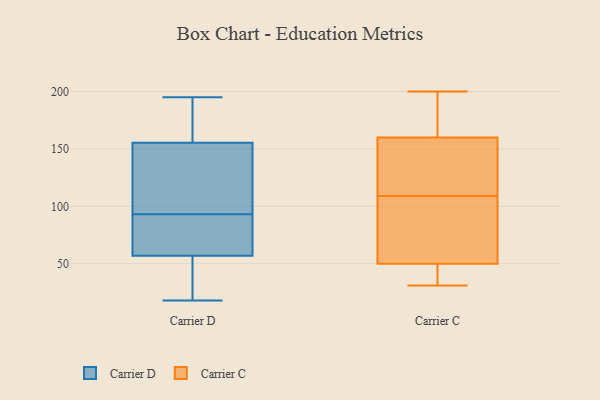
{"axis": {"x": "Operating Costs (USD K)", "y": "Value"}, "legend": ["Carrier C", "Carrier D"], "data": [{"x": "", "y": 134, "type": "Carrier D"}, {"x": "", "y": 40, "type": "Carrier D"}, {"x": "", "y": 85, "type": "Carrier D"}, {"x": "", "y": 93, "type": "Carrier D"}, {"x": "", "y": 155, "type": "Carrier D"}, {"x": "", "y": 26, "type": "Carrier D"}, {"x": "", "y": 101, "type": "Carrier D"}, {"x": "", "y": 18, "type": "Carrier D"}, {"x": "", "y": 157, "type": "Carrier D"}, {"x": "", "y": 69, "type": "Carrier D"}, {"x": "", "y": 57, "type": "Carrier D"}, {"x": "", "y": 57, "type": "Carrier D"}, {"x": "", "y": 153, "type": "Carrier D"}, {"x": "", "y": 168, "type": "Carrier D"}, {"x": "", "y": 181, "type": "Carrier D"}, {"x": "", "y": 195, "type": "Carrier D"}, {"x": "", "y": 92, "type": "Carrier D"}, {"x": "", "y": 53, "type": "Carrier C"}, {"x": "", "y": 122, "type": "Carrier C"}, {"x": "", "y": 47, "type": "Carrier C"}, {"x": "", "y": 160, "type": "Carrier C"}, {"x": "", "y": 149, "type": "Carrier C"}, {"x": "", "y": 96, "type": "Carrier C"}, {"x": "", "y": 31, "type": "Carrier C"}, {"x": "", "y": 200, "type": "Carrier C"}, {"x": "", "y": 39, "type": "Carrier C"}, {"x": "", "y": 198, "type": "Carrier C"}, {"x": "", "y": 91, "type": "Carrier C"}, {"x": "", "y": 160, "type": "Carrier C"}]}